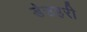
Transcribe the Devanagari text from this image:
डेउहरी